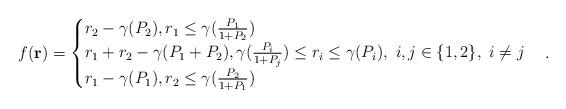
LaTeX: \begin{align*} f(\mathbf{r})=\begin{cases} r_2-\gamma(P_2),r_1\leq\gamma(\frac{P_1}{1+P_2})\\ r_1+r_2-\gamma(P_1+P_2), \gamma(\frac{P_i}{1+P_j})\leq r_i \leq \gamma(P_i),\ i,j\in\{1,2\},\ i\neq j\\ r_1-\gamma(P_1), r_2\leq\gamma(\frac{P_2}{1+P_1}) \end{cases}.\end{align*}